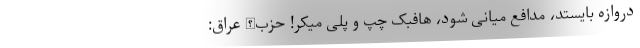
دروازه بایستد، مدافع میانی شود، هافبک چپ و پلی میکر! حزب‌الله عراق: